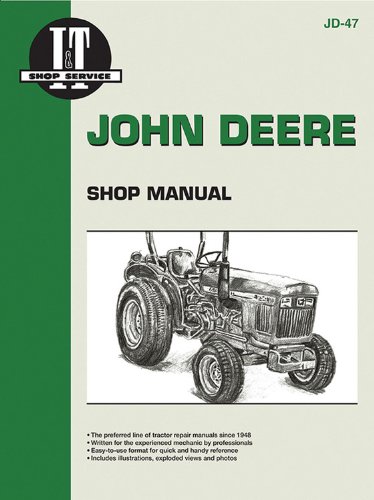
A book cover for John Deere Shop Manual 850 950 & 1050 (Jd-47); Penton Staff; Reference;